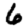
Digit: 6